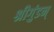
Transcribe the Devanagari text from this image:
श्रीगुंडन्